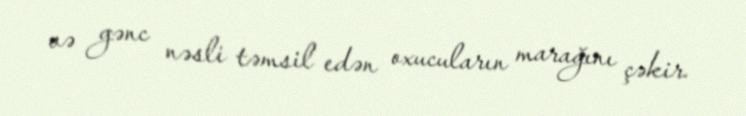
və gənc nəsli təmsil edən oxucuların marağını çəkir.